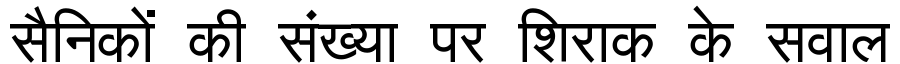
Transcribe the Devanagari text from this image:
सैनिकों की संख्या पर शिराक के सवाल